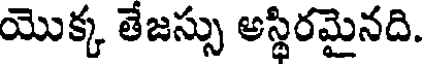
యొక్క తేజస్సు అస్థిరమైనది.